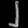
Digit: ၂